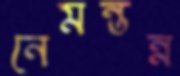
নেমন্তন্ন